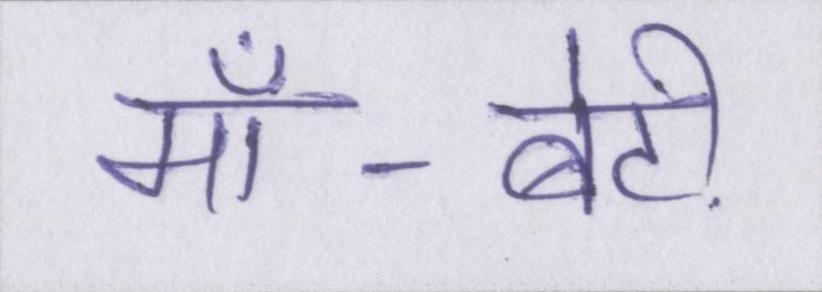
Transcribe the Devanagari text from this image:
माँ-बेटी